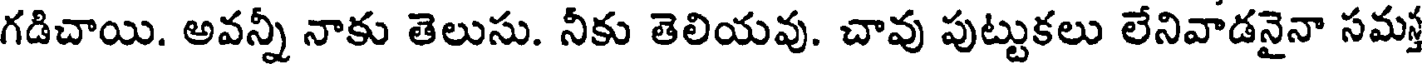
గడిచాయి. అవన్నీ నాకు తెలుసు. నీకు తెలియవు. చావు పుట్టుకలు లేనివాడనైనా సమ